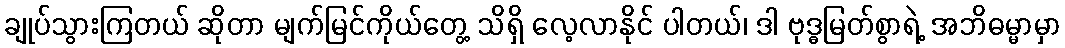
ချုပ်သွားကြတယ် ဆိုတာ မျက်မြင်ကိုယ်တွေ့ သိရှိ လေ့လာနိုင် ပါတယ်၊ ဒါ ဗုဒ္ဓမြတ်စွာရဲ့ အဘိဓမ္မာမှာ